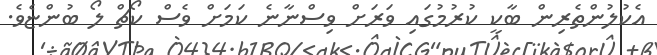
އެކުލުންތެރިން ބާކީ ކުރުމުގައި ވަރަށް ވިސްނާނެ ކަަމަށް ވެސް ކޯޗް ލޯ ބުންޏެވެ.